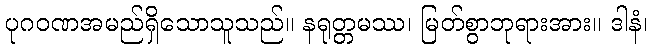
ပုဂဝဏအမည်ရှိသောသူသည်။ နရုတ္တမဿ၊ မြတ်စွာဘုရားအား။ ဒါနံ၊